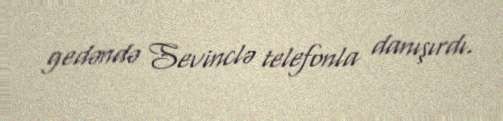
gedəndə Sevinclə telefonla danışırdı.